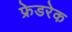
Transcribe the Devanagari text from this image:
फ्रेडरेक